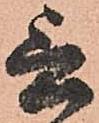
言